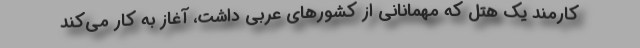
کارمند یک هتل که مهمانانی از کشور‌های عربی داشت، آغاز به کار می‌کند